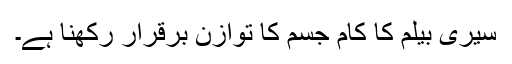
سیری بیلم کا کام جسم کا توازن برقرار رکھنا ہے۔